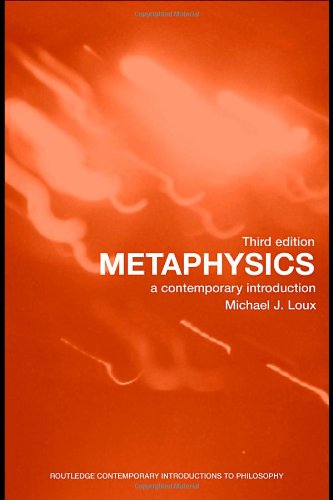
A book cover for Metaphysics: A Contemporary Introduction (Routledge Contemporary Introductions to Philosophy); Michael Loux; Politics & Social Sciences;